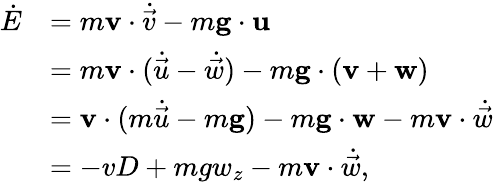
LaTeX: \begin{array}{rl}{\dot{E}}&{=m\mathbf{v}\cdot\dot{\vec{v}}-m\mathbf{g}\cdot\mathbf{u}}\\ &{=m\mathbf{v}\cdot(\dot{\vec{u}}-\dot{\vec{w}})-m\mathbf{g}\cdot(\mathbf{v}+\mathbf{w})}\\ &{=\mathbf{v}\cdot(m\dot{\vec{u}}-m\mathbf{g})-m\mathbf{g}\cdot\mathbf{w}-m\mathbf{v}\cdot\dot{\vec{w}}}\\ &{=-vD+mgw_{z}-m\mathbf{v}\cdot\dot{\vec{w}},}\end{array}